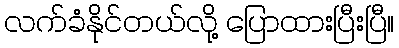
လက်ခံနိုင်တယ်လို့ ပြောထားပြီးပြီ။